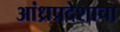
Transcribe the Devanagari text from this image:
आंध्रप्रदेशाचा